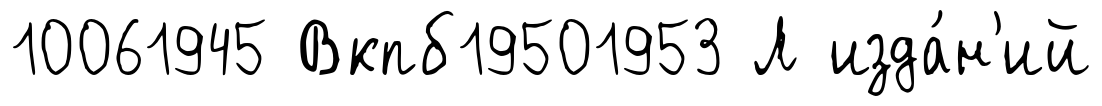
10061945 Вкпб19501953 Л изда́н'ий